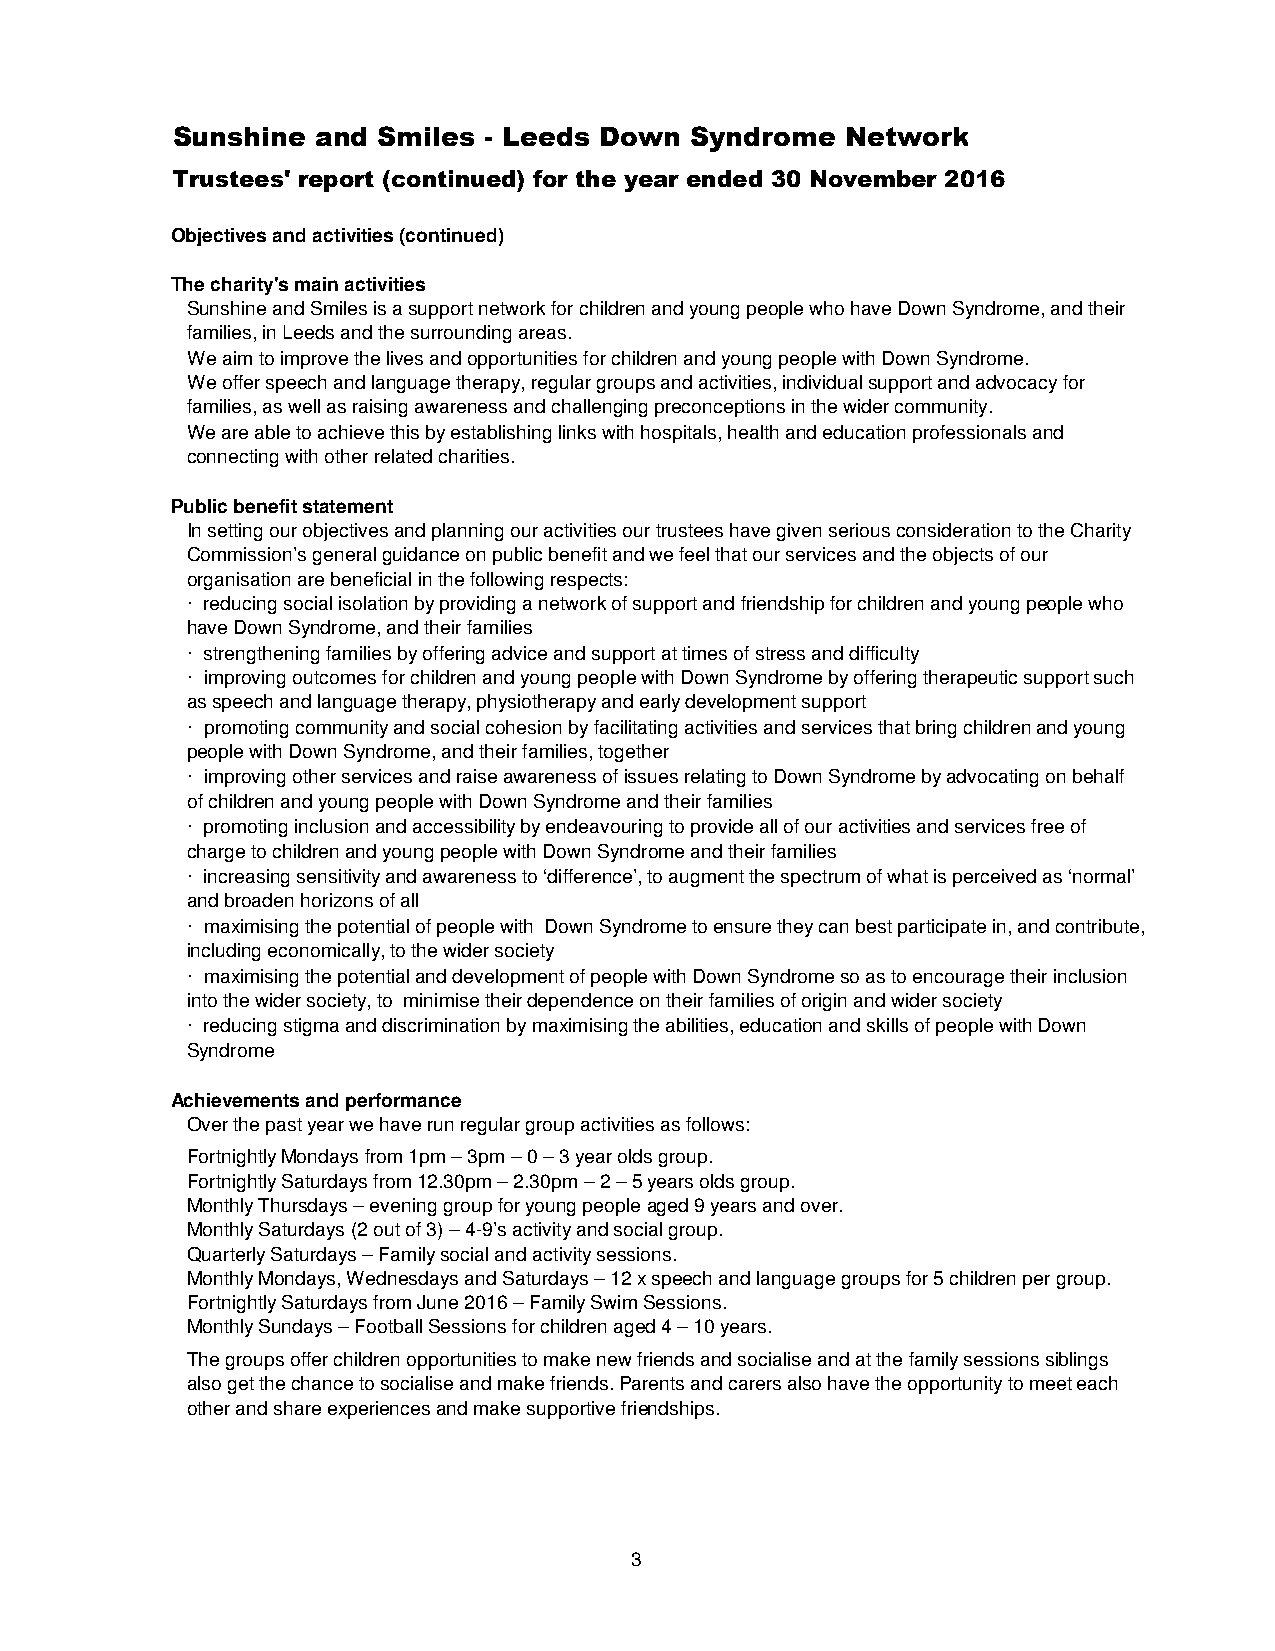
Sunshine  and Smiles - Leeds Down  Syndrome  Network
 Trustees' report (continued) for the year ended 30 November 2016
 Objectives and activities (continued)
 The charity's main activities
 Sunshine and Smiles is a support network for children and young people who have Down Syndrome, and their
 families, in Leeds and the surrounding areas.
 We aim to improve the lives and opportunities for children and young people with Down Syndrome.
 We offer speech and language therapy, regular groups and activities, individual support and advocacy for
 families, as well as raising awareness and challenging preconceptions in the wider community.
 We are able to achieve this by establishing links with hospitals, health and education professionals and
 connecting with other related charities.
 Public benefit statement
 In setting our objectives and planning our activities our trustees have given serious consideration to the Charity
 Commission’s general guidance on public benefit and we feel that our services and the objects of our
 organisation are beneficial in the following respects:
 · reducing social isolation by providing a network of support and friendship for children and young people who
 have Down Syndrome, and their families
 · strengthening families by offering advice and support at times of stress and difficulty
 · improving outcomes for children and young people with Down Syndrome by offering therapeutic support such
 as speech and language therapy, physiotherapy and early development support
 · promoting community and social cohesion by facilitating activities and services that bring children and young
 people with Down Syndrome, and their families, together
 · improving other services and raise awareness of issues relating to Down Syndrome by advocating on behalf
 of children and young people with Down Syndrome and their families
 · promoting inclusion and accessibility by endeavouring to provide all of our activities and services free of
 charge to children and young people with Down Syndrome and their families
 · increasing sensitivity and awareness to ‘difference’, to augment the spectrum of what is perceived as ‘normal’
 and broaden horizons of all
 · maximising the potential of people with Down Syndrome to ensure they can best participate in, and contribute,
 including economically, to the wider society
 · maximising the potential and development of people with Down Syndrome so as to encourage their inclusion
 into the wider society, to minimise their dependence on their families of origin and wider society
 · reducing stigma and discrimination by maximising the abilities, education and skills of people with Down
 Syndrome
 Achievements and performance
 Over the past year we have run regular group activities as follows:
 Fortnightly Mondays from 1pm – 3pm – 0 – 3 year olds group.
 Fortnightly Saturdays from 12.30pm – 2.30pm – 2 – 5 years olds group.
 Monthly Thursdays – evening group for young people aged 9 years and over.
 Monthly Saturdays (2 out of 3) – 4-9’s activity and social group.
 Quarterly Saturdays – Family social and activity sessions.
 Monthly Mondays, Wednesdays and Saturdays – 12 x speech and language groups for 5 children per group.
 Fortnightly Saturdays from June 2016 – Family Swim Sessions.
 Monthly Sundays – Football Sessions for children aged 4 – 10 years.
 The groups offer children opportunities to make new friends and socialise and at the family sessions siblings
 also get the chance to socialise and make friends. Parents and carers also have the opportunity to meet each
 other and share experiences and make supportive friendships.
 3